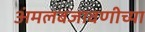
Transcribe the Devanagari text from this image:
अंमलबजावणीच्या